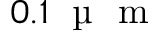
0 . 1 \; \mathrm { ~ \textmu ~ } \mathrm { ~ m ~ }